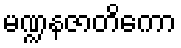
မဏ္ဍနဇာတိကော